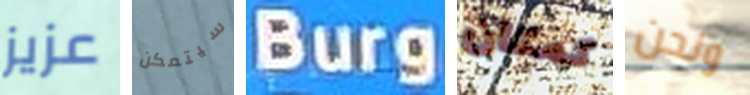
عزيز سيتمكن Burg كمكان ونحن